Vaccination in Bombay 1902-1912 - 1902-1912
Year: 1902
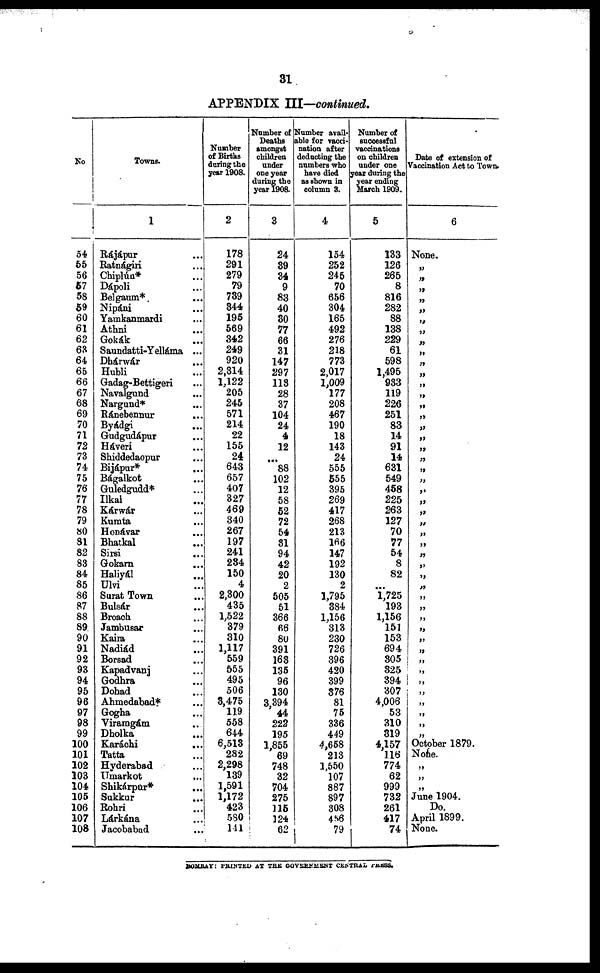
31
APPENDIX III—continued.
No
54
55
56
57
58
59
60
61
62
68
64
65
66
67
68
69
70
71
72
73
74
75
76
77
78
79
80
81
82
83
84
85
86
87
88
89
90
91
92
93
94
95
96
97
98
99
100
101
102
103
104
105
106
107
108
Towns.
1
Rájápur ...
Ratnágiri ...
Chiplún* ...
Dápoli ...
Belgaum* ...
Nipáni ...
Yamkanmardi ...
Athni ...
Gokák ...
Saundatti-Yelláma ...
Dhárwár ...
Hubli ...
Gadag-Bettigeri ...
Navalgund ...
Nargund* ...
Ránebennur ...
Byádgi ...
Gudgudápur ...
Háveri ...
Shiddedaopur ...
Bijápur* ...
Bágalkot ...
Guledgudd* ...
Ilkal ...
Kárwár ...
Kumta ...
Honávar ...
Bhatkal ...
Sirsi
...
Gokarn ...
Haliyál ...
Ulvi ...
Surat Town ...
Bulsár ...
Broach ...
Jambusar ...
Kaira ...
Nadiád ...
Borsad ...
Kapadvanj ...
Godhra ...
Dohad ...
Ahmedabad* ...
Gogha ...
Viramgám ...
Dholka ...
Karáchi ...
Tatta ...
Hyderabad ...
Umarkot ...
Shikárpur* ...
Sukkur ...
Rohri ...
Lárkána ...
Jacobabad ...
Number
of Births
during the
year 1908.
2
178
291
279
79
739
344
195
569
342
249
920
2,314
1,122
205
245
571
214
22
155
24
643
657
407
327
469
340
267
197
241
234
150
4
2,300
435
1,522
379
310
1,117
559
555
495
506
3,475
119
558
644
6,513
282
2,298
139
1,591
1,172
423
580
141
Number of
Deaths
amongst
children
under
one year
during the
year 1908.
3
24
39
34
9
83
40
30
77
66
31
147
297
113
28
37
104
24
4
12
...
88
102
12
58
52
72
54
31
94
42
20
2
505
51
366
66
80
391
163
135
96
130
3,394
44
222
195
1,855
69
748
32
704
275
115
124
62
Number avail-
able for vacci-
nation after
deducting the
numbers who
have died
as shown in
column 8.
4
154
252
245
70
656
304
165
492
276
218
773
2,017
1,009
177
208
467
190
18
143
24
555
555
395
269
417
268
213
166
147
192
130
2
1,795
384
1,156
313
230
726
396
420
399
376
81
75
336
449
4,658
213
1,550
107
887
897
308
456
79
Number of
successful
vaccinations
on children
under one
year during the
year ending
March 1909.
5
133
126
265
8
816
282
88
138
229
61
598
1,495
933
119
226
251
83
14
91
14
631
549
458
225
263
127
70
77
54
8
82
...
1,725
193
1,156
151
153
694
305
325
394
307
4,006
53
310
319
4,157
116
774
62
999
732
261
417
74
Date of extension of
Vaccination Act to Town.
6
None.
„
„
„
„
„
„
„
„
„
„
„
„
„
„
„
„
„
„
„
„
„
„
„
„
„
„
„
„
„
„
„
„
„
„
„
„
„
„
„
„
„
„
„
„
„
October 1879.
None.
„
„
„
June 1904.
Do.
April 1899.
None.
BOMBAY: PRINTED AT THE GOVERNMENT CENTRAL PRESS.